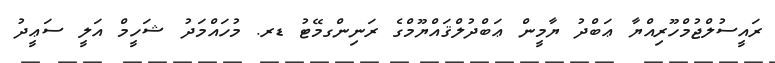
ރައީސުލްޖުމްހޫރިއްޔާ ޢަބްދު ޔާމީން ޢަބްދުލްޤައްޔޫމްގެ ރަނިންގމޭޓު ޑރ. މުހައްމަދު ޝަހީމް އަލީ ސަޢީދު